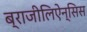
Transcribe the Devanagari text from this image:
ब्राजीलिऐन्सिस